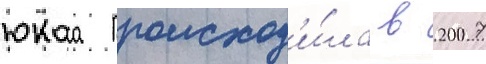
юкоса происход'и́ла в 2007